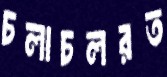
চলাচলরত